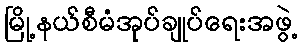
မြို့နယ်စီမံအုပ်ချုပ်ရေးအဖွဲ့